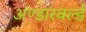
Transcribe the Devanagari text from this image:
अण्डारवर्ल्ड